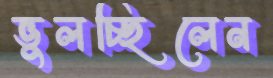
ভুলচ্ছিলেন